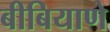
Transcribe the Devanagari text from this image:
बीबियाणे